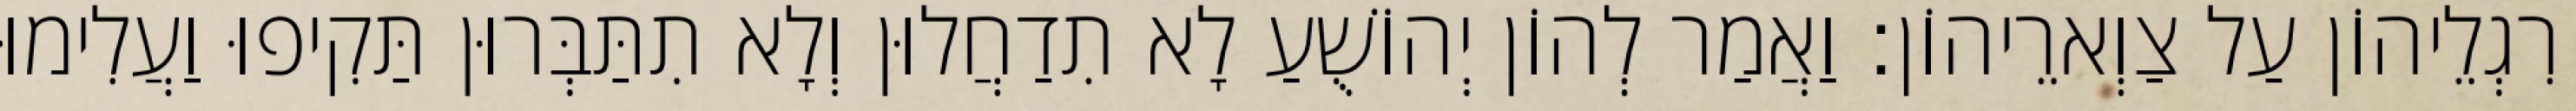
רִגְלֵיהוֹן עַל צַוְארֵיהוֹן׃ וַאֲמַר לְהוֹן יְהוֹשֻׁעַ לָא תִדַחֲלוּן וְלָא תִתַּבְּרוּן תַּקִיפוּ וַעֲלִימוּ